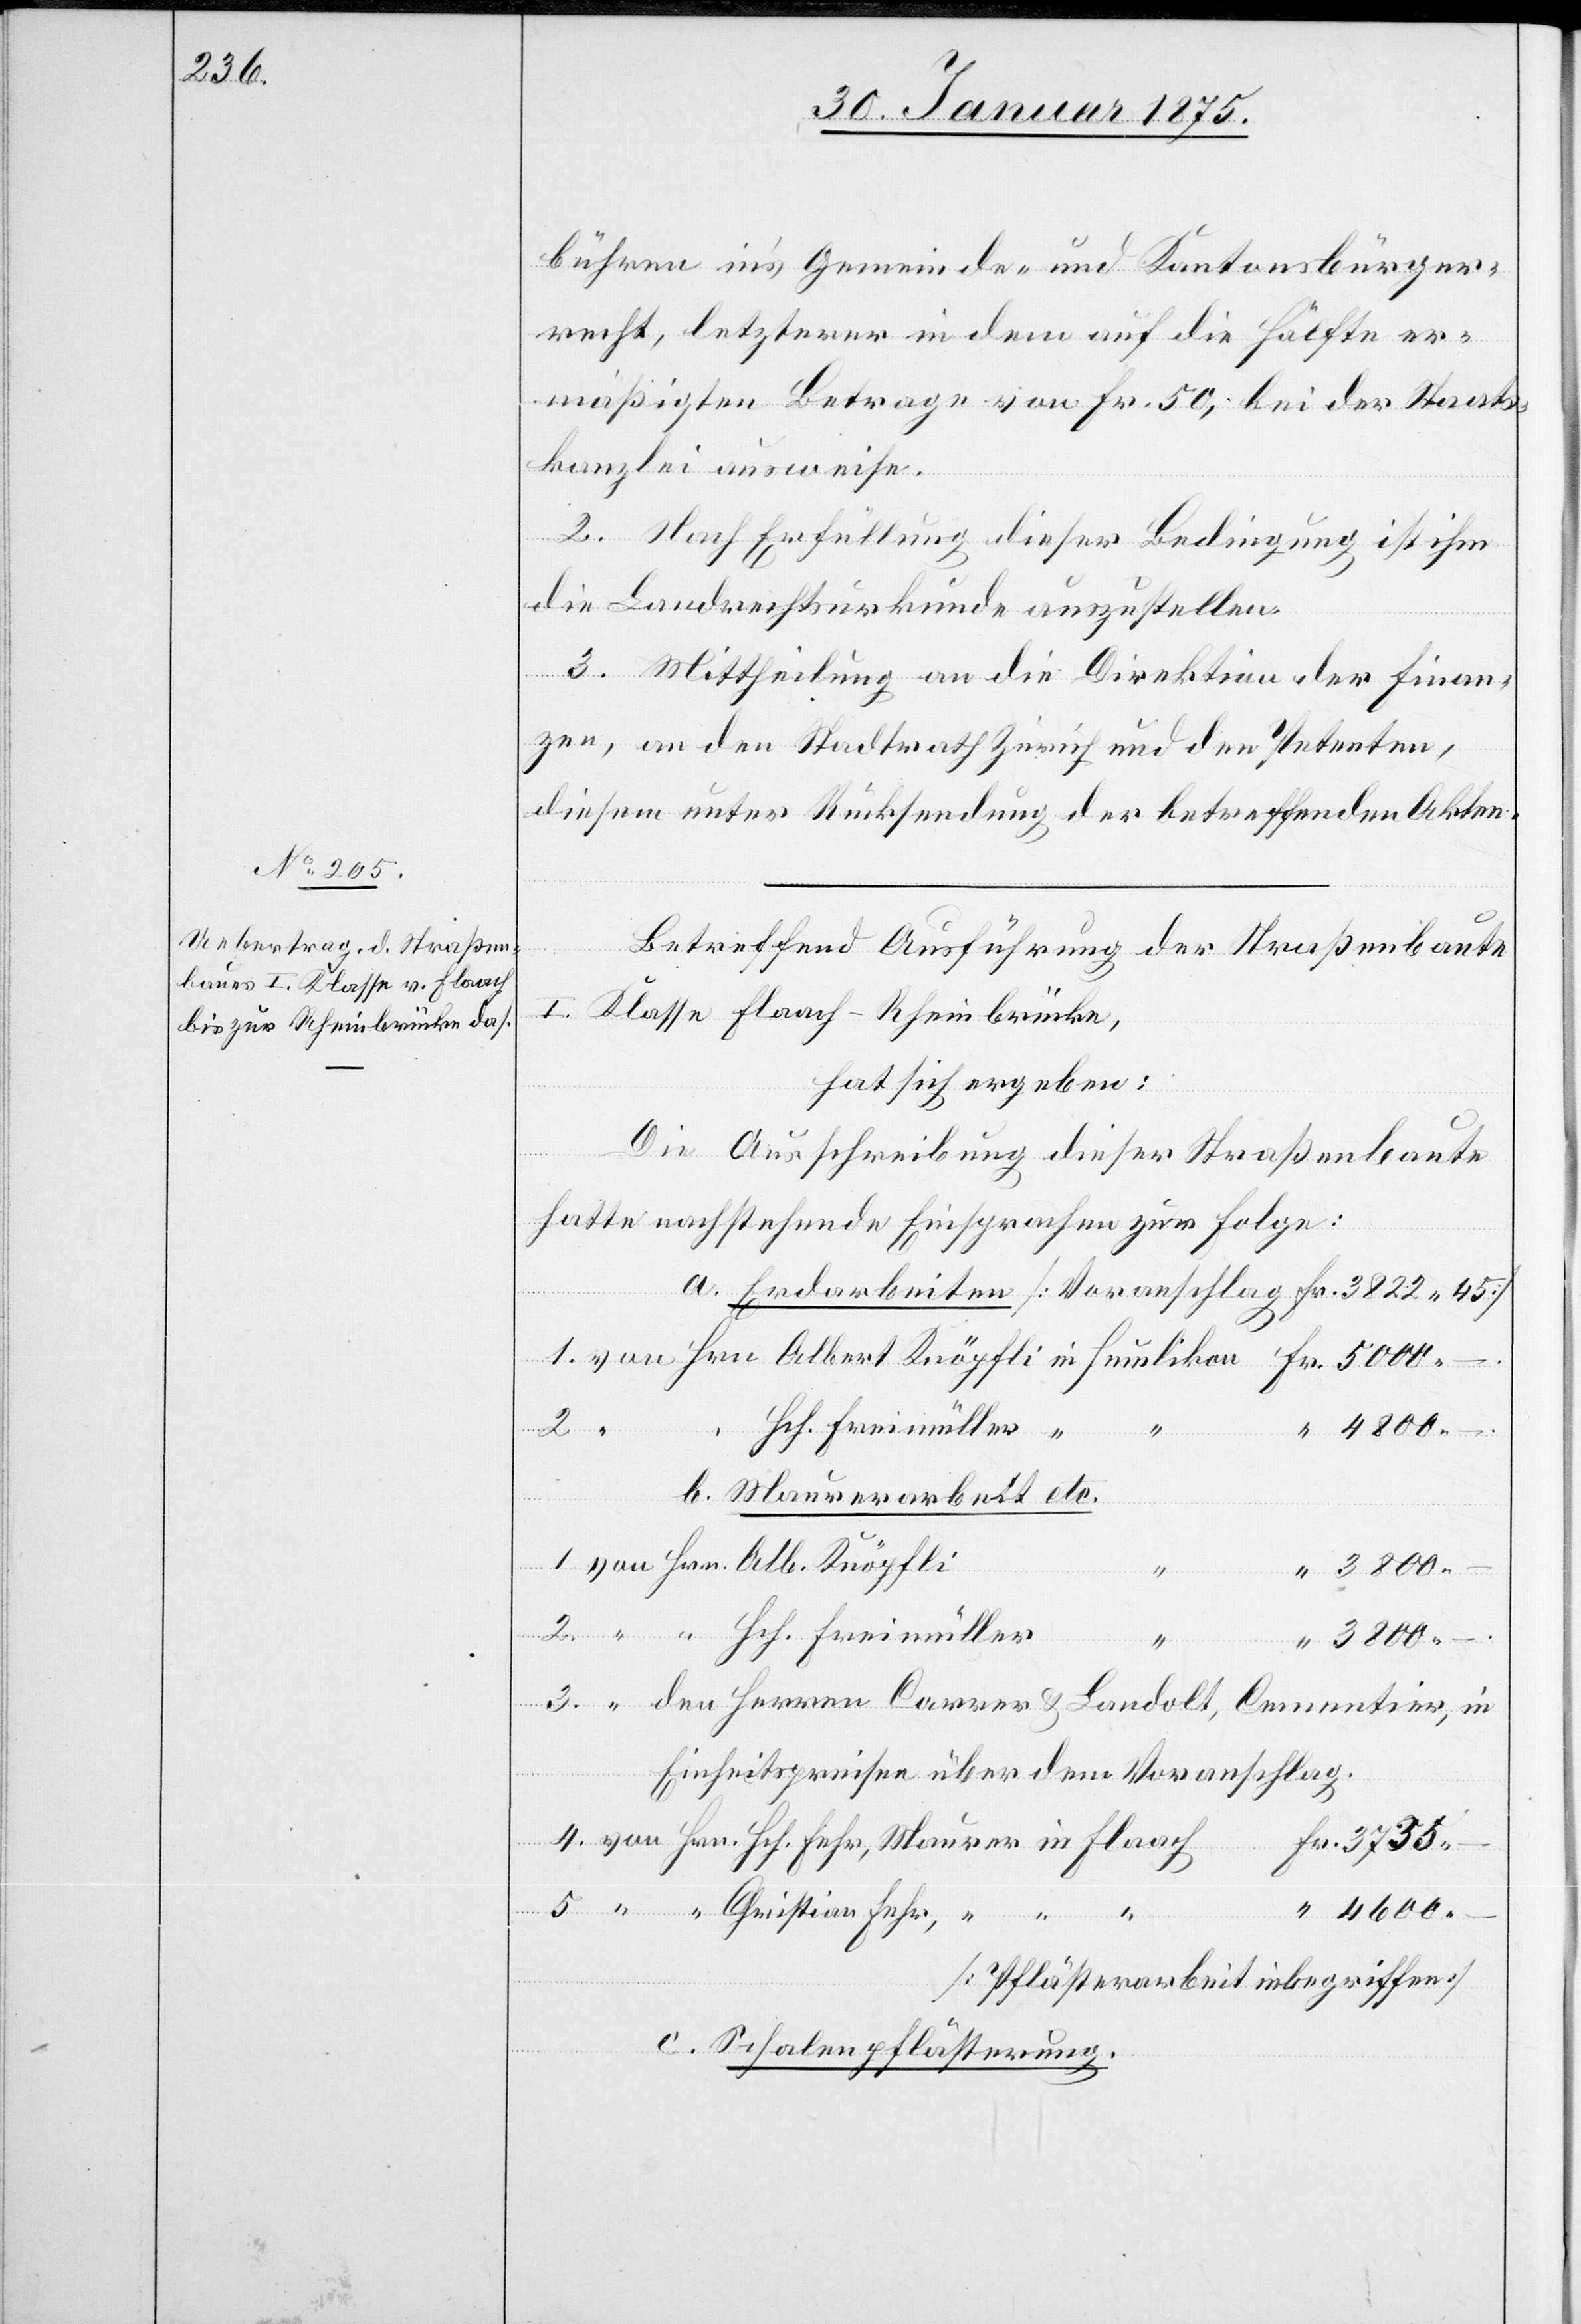
3735.

bühren in’s Gemeinde- und Kantonsbürger¬
recht, letzterer in dem auf die Hälfte er¬
mäßigten Betrage von Fr. 50, bei der Staats¬
kanzlei ausweise.
2. Nach Erfüllung dieser Bedingung ist ihm
die Landrechtsurkunde auszustellen.
3. Mittheilung an die Direktion der Finan¬
zen, an den Stadtrath Zürich und den Petenten,
diesem unter Rücksendung der betreffenden Akten.
Betreffend Ausführung der Straßenbaute
I. Klasse Flaach–Rheinbrücke,
hat sich ergeben:
Die Ausschreibung dieser Straßenbaute
hatte nachstehende Einsprachen zur Folge:
5.
“ “ Hch. Freimüller “
–.
b. Maurerarbeit etc.
von Hrn. Alb. Knöpfli
3800.
“
4600.
likon
4.
5000.
“ den Herren Carrer & Landolt, Cementier, in
Einheitspreisen über dem Voranschlag.
von Hrn. Hch. Fehr, Maurer in Flaach
“ “ Christian Fehr, “ “ “
(Pflästerarbeit inbegriffen)
c. Schalenpflästerung.